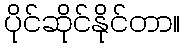
ပိုင်ဆိုင်နိုင်တာ။